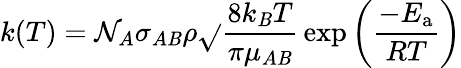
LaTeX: k(T)=\mathcal{N}_{A}\sigma_{A\mathit{B}}\rho{\sqrt{}{{\frac{{8k_{\mathrm{{\mathit{B}}}}T}}{{\pi\mu_{A\mathit{B}}}}}}}\exp\left({\frac{{-E_{\mathrm{{a}}}}}{{RT}}}\right)